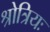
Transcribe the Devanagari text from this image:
श्रोत्रियः